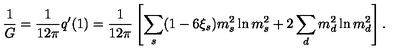
{ \frac { 1 } { G } } = { \frac { 1 } { 1 2 \pi } } q ^ { \prime } ( 1 ) = { \frac { 1 } { 1 2 \pi } } \left[ \sum _ { s } ( 1 - 6 \xi _ { s } ) m _ { s } ^ { 2 } \ln m _ { s } ^ { 2 } + 2 \sum _ { d } m _ { d } ^ { 2 } \ln m _ { d } ^ { 2 } \right] .